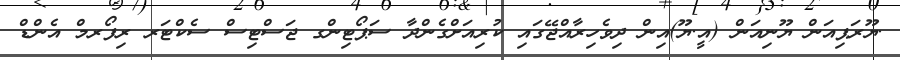
.ޔޫރަޕިއަން ޔޫނިއަން (އީ.ޔޫ)އިން ދިވެހިރާއްޖޭގައި ކުރިއަށްގެންދާ ސަޕޯޓިންގ ޖަސްޓިސް ސެކްޓަރ ރިފޯރމް އެންޑް